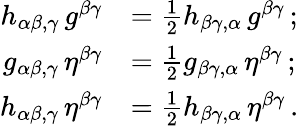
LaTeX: {\begin{array}{rl}{h_{\alpha\beta,\gamma}\, g^{\beta\gamma}}&{={\frac{1}{2}}h_{\beta\gamma,\alpha}\, g^{\beta\gamma}\, ;}\\ {g_{\alpha\beta,\gamma}\, \eta^{\beta\gamma}}&{={\frac{1}{2}}g_{\beta\gamma,\alpha}\, \eta^{\beta\gamma}\, ;}\\ {h_{\alpha\beta,\gamma}\, \eta^{\beta\gamma}}&{={\frac{1}{2}}h_{\beta\gamma,\alpha}\, \eta^{\beta\gamma}\, .}\end{array}}